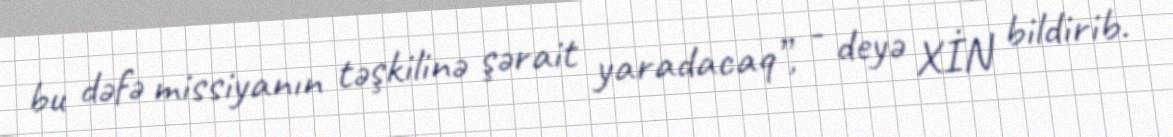
bu dəfə missiyanın təşkilinə şərait yaradacaq”, - deyə XİN bildirib.